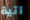
آتية